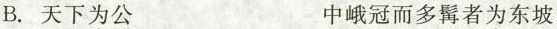
B. 天下为公 中峨冠而多髯者为东坡